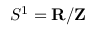
S ^ { 1 } = \mathbf { R } / \mathbf { Z }